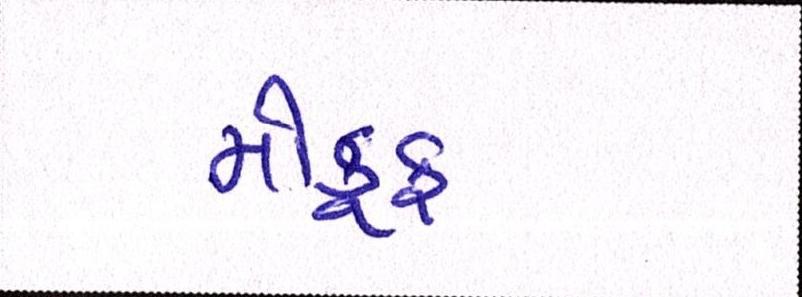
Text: મોકૂફ